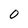
Character: 0